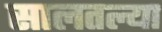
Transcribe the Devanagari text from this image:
सालतल्या